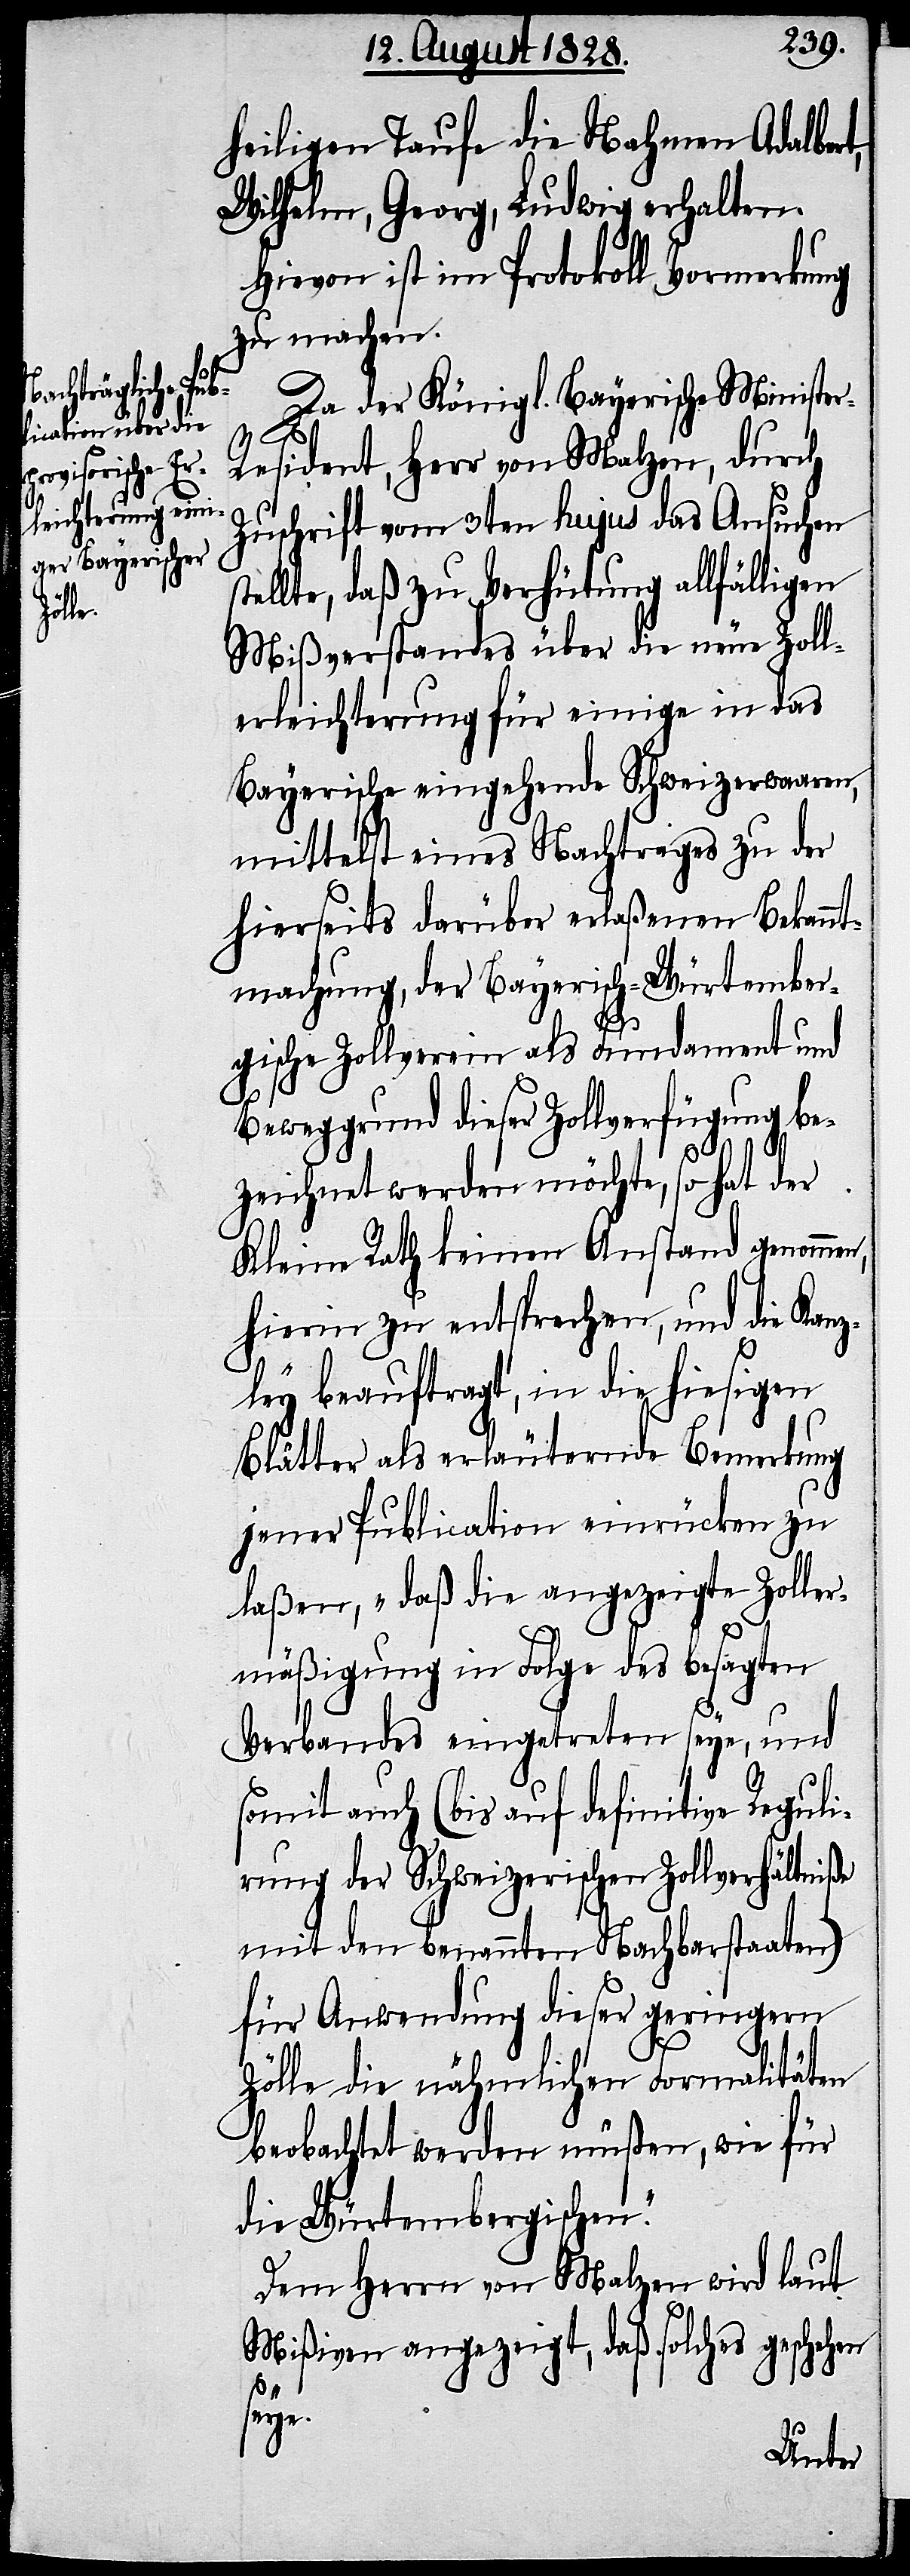
heiligen Taufe die Nahmen Adalbert,
Wilhelm, Georg, Ludwig erhalten.
Hievon ist im Protokoll Vormerkung
zu machen.
Da der Königl. Bayerische Ministe¬
esident, Herr von Malzen, durch
Zuschrift vom 3ten hujus das Ansuchen
tellte, daß zu Verhütung allfälligen
Mißverstandes über die neue Zoll¬
erleichterung für einige in das
Bayerische eingehende Schweizerwaaren,
mittelst eines Nachtrages zu der
hierseits darüber erlaßenen Bekannt¬
machung, der Bayerisch-Würtember¬
gische Zollverein als Fundament und
Beweggrund dieser Zollverfügung be¬
zeichnet werden möchte, so hat der
Kleine Rath keinen Anstand genomm¬
hierin zu entsprechen, und die Kanz¬
ley beauftragt, in die hiesigen
Blätter als erläuternde Bemerkung
jener Publication einrücken zu
laßen, „daß die angezeigte Zoller¬
mäßigung in Folge des besagten
Verbandes eingetreten seye, und
somit auch (bis auf definitive Reguli¬
rung der Schweizerischen Zollverhältniße
mit den benannten Nachbarstaaten)
für Anwendung dieser geringern
Zölle die nähmlichen Formalitäten
beobachtet werden müßen, wie für
die Würtembergischen.“
Dem Herrn von Malzen wird laut
Mißiven angezeigt, daß solches geschehen
e.